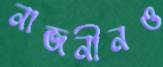
নাজনীনও